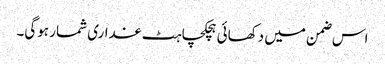
اس ضمن میں دکھائی ہچکچاہٹ غداری شمار ہوگی۔